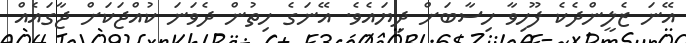
އޭނަ ޒެލީންދެކެ ފޫހިވާ ހިސާބަށް ދިޔައެވެ. އޭނަގެ ހިތުން ދެވަނަ ކުއްޖަކަށް ޖާގައެއް